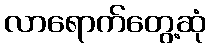
လာရောက်တွေ့ဆုံ